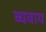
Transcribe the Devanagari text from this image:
व्यवाय